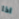
اذا